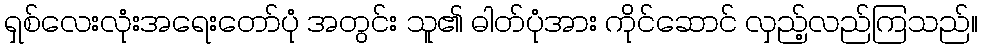
ရှစ်လေးလုံးအရေးတော်ပုံ အတွင်း သူ၏ ဓါတ်ပုံအား ကိုင်ဆောင် လှည့်လည်ကြသည်။